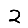
Digit: 2